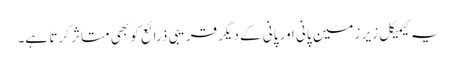
یہ کیمیکل زیر ِ زمین پانی اور پانی کے دیگر قریبی ذرائع کو بھی متاثر کرتا ہے۔